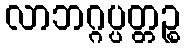
လာဘဂ္ဂပ္ပတ္တဉ္စ